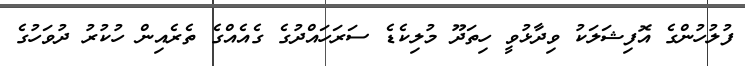
ފުލުހުންގެ އޮފިޝަލަކު ވިދާޅުވީ ހިތަދޫ މުލިކެޑެ ސަރަހައްދުގެ ގެއެއްގެ ތެރެއިން ހުކުރު ދުވަހުގެ